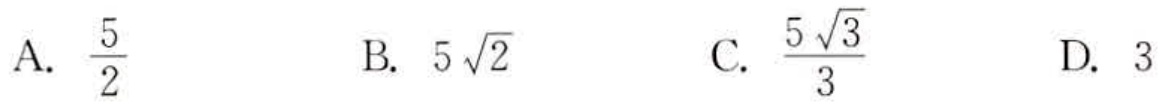
A. $\frac{5}{2}$  B. $5\sqrt{2}$  C. $\frac{5\sqrt{3}}{3}$  D. $3$